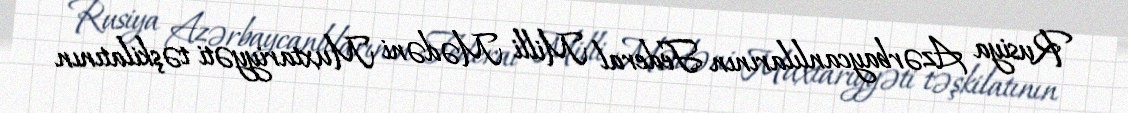
Rusiya Azərbaycanlılarının Federal Milli Mədəni Muxtariyyəti təşkilatının